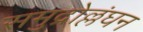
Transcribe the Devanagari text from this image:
समुद्रोल्लंघन